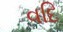
વદિ